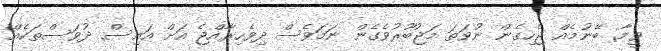
ވީމާ